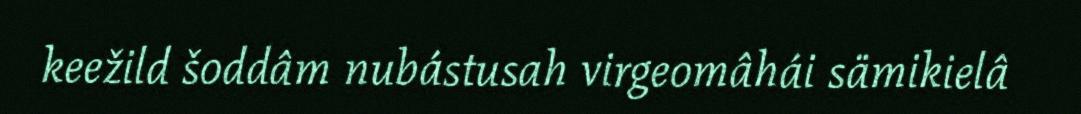
keežild šoddâm nubástusah virgeomâhái sämikielâ